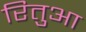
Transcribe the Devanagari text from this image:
रितुआ